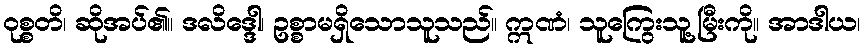
ဝုစ္စတိ၊ ဆိုအပ်၏။ ဒလိဒ္ဒေါ၊ ဥစ္စာမရှိသောသူသည်။ ဣဏံ၊ သူကြွေးသူ့မြီးကို။ အာဒါယ၊